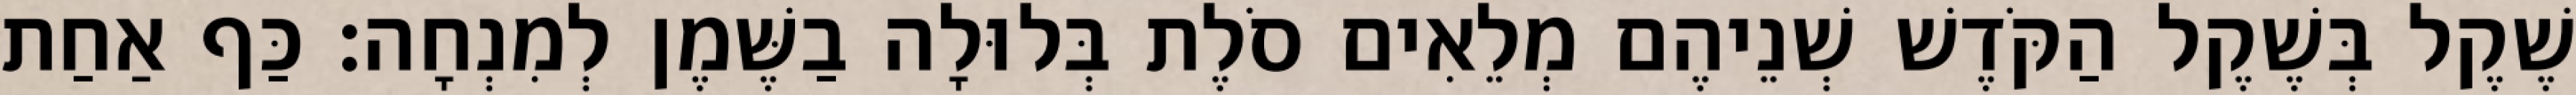
שֶׁקֶל בְּשֶׁקֶל הַקֹּדֶשׁ שְׁנֵיהֶם מְלֵאִים סֹלֶת בְּלוּלָה בַשֶּׁמֶן לְמִנְחָה׃ כַּף אַחַת